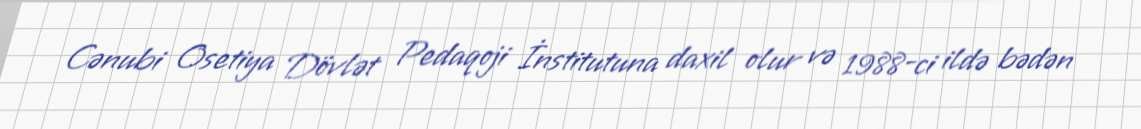
Cənubi Osetiya Dövlət Pedaqoji İnstitutuna daxil olur və 1988-ci ildə bədən